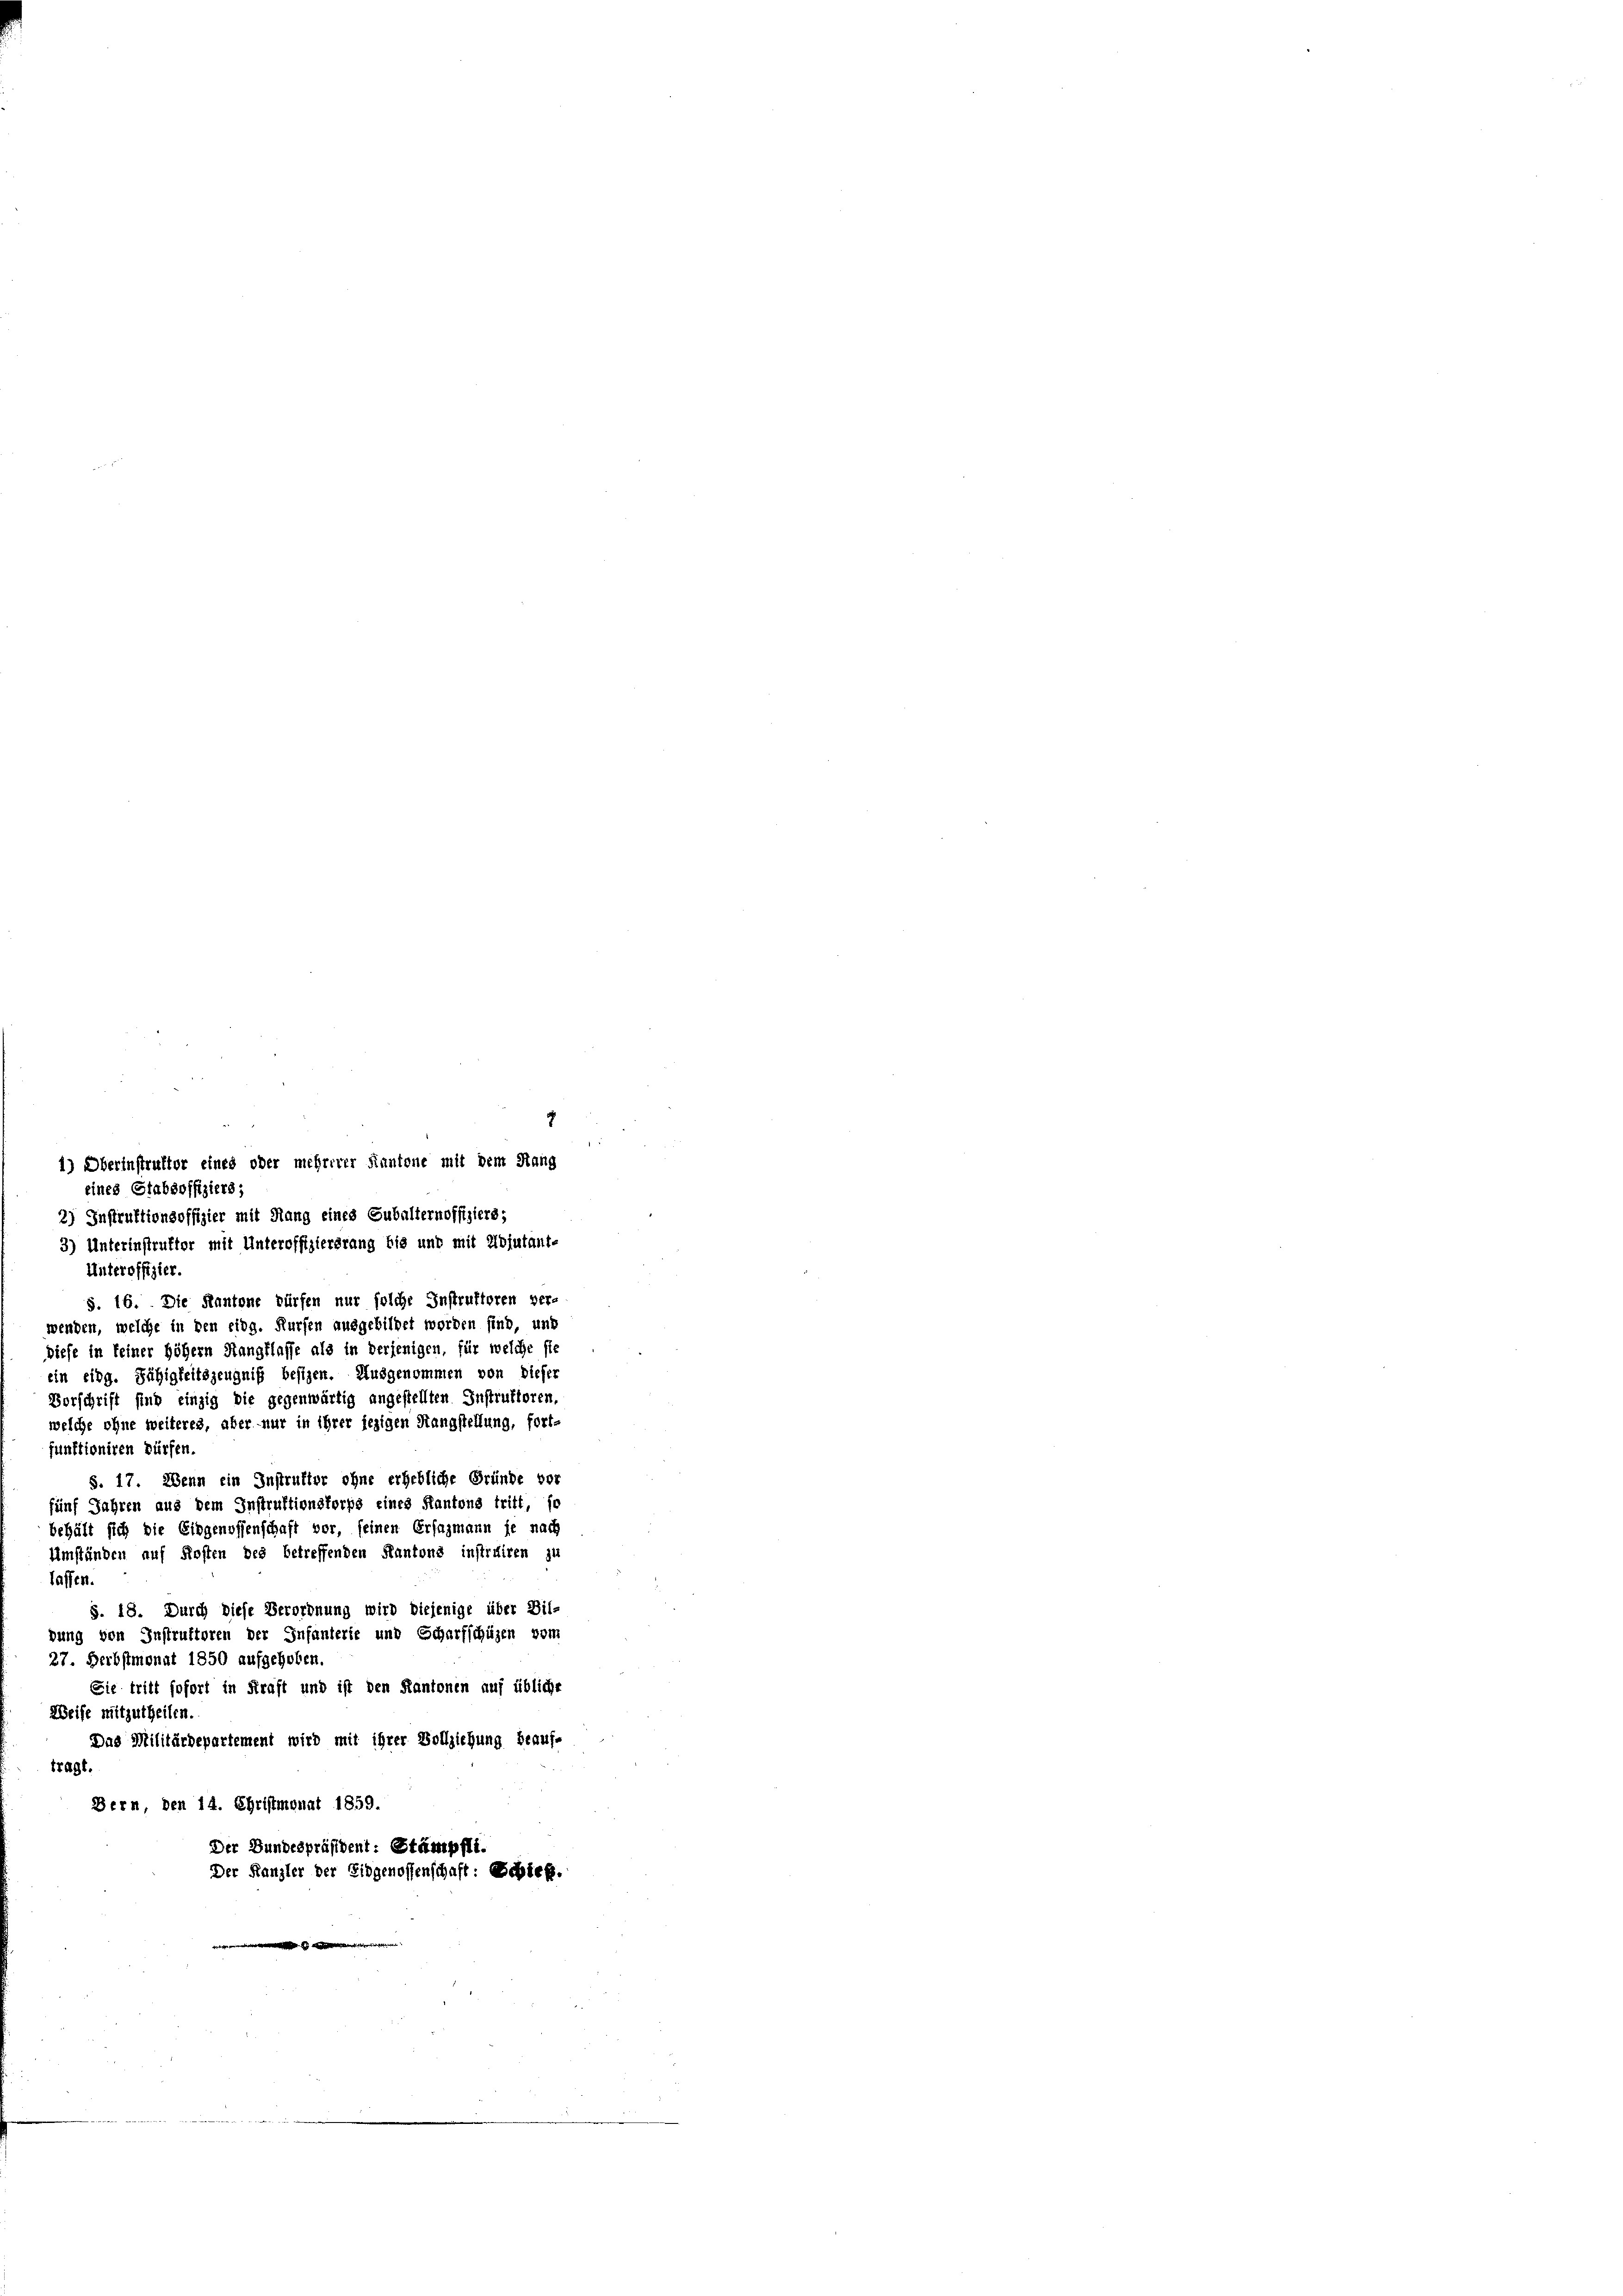
1) Oberinstruktor eines oder mehrerer Kantone mit dem Rang
eines Stabsoffiziers;

g
2) Instruktionsoffizier mit Rang eines Subalternoffiziers;
3) Unterinstruktor mit Unteroffiziererang bis und mit Ubjutant-
Unteroffizier.
S. 16. Die Kantone dürfen nur solche Instruktoren ver-
wenden, welche in den eidg. Kürfen ausgebildet worden sind, und
diese in keiner höhern Stangflasse als in derjenigen, für welche sie
ein eing. Fähigkeitszeugniß besizen. Ausgenommen von Dieser
Vorschrift sind einzig die gegenwärtig angestellten Instruktoren.
welche ohne weiteres, aber nur in ihrer jezigen Sangstellung, fort-
funktioniren dürfen.
S. 17. Wenn ein Instruktor ohne erhebliche Gründe vor
fünf Jahren aus dem Instruktionskorps eines Kantons tritt, so
behält sich die Eidgenossenschaft vor, seinen Ersazmann je nach
Umständen auf Kosten des betreffenden Kantone instruiren zu
laffen.
S. 18. Durch diese Verordnung wird diejenige über Bil-
bung von Instruktoren der Infanterie und Scharfschüzen vom
27. Herbstmonat 1850 aufgehoben.
Sie tritt sofort in Kraft und ist den Kantonen auf übliche
Weise mitzutheilen.
Das Militärdepartement wird mit ihrer Vollziehung beauftragt.
Bern, den 14. Christmonat 1859.
Der Bundespräsident: Stämpfli.
Der Kanzler der Eidgenossenschaft: Scbieg.